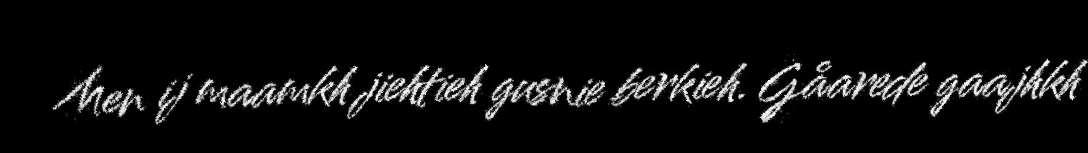
Men ij maamkh jiehtieh gusnie berkieh. Gåarede gaajhkh